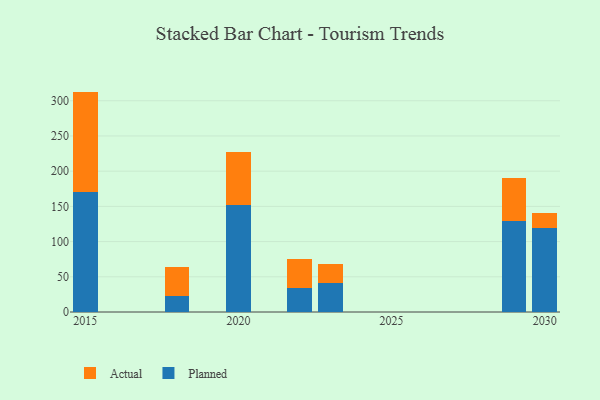
{"axis": {"x": "Year", "y": "Headcount"}, "legend": ["Actual", "Planned"], "data": [{"x": "2023", "y": 41.0, "type": "Planned"}, {"x": "2023", "y": 27.6, "type": "Actual"}, {"x": "2030", "y": 119.8, "type": "Planned"}, {"x": "2030", "y": 20.2, "type": "Actual"}, {"x": "2015", "y": 170.3, "type": "Planned"}, {"x": "2015", "y": 142.7, "type": "Actual"}, {"x": "2018", "y": 22.3, "type": "Planned"}, {"x": "2018", "y": 41.0, "type": "Actual"}, {"x": "2020", "y": 152.0, "type": "Planned"}, {"x": "2020", "y": 75.6, "type": "Actual"}, {"x": "2022", "y": 33.6, "type": "Planned"}, {"x": "2022", "y": 42.3, "type": "Actual"}, {"x": "2029", "y": 129.0, "type": "Planned"}, {"x": "2029", "y": 60.8, "type": "Actual"}]}